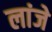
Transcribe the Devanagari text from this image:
लांजे